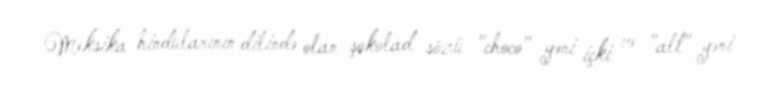
Meksika hindularının dilində olan şokolad sözü "choco" yəni içki və "alt" yəni